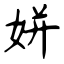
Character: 姘